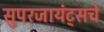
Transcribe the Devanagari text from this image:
सुपरजायंट्सचे